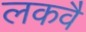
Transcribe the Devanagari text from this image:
लकवै